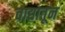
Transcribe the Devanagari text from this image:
वाद्यातून